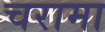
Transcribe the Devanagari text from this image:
चरामा